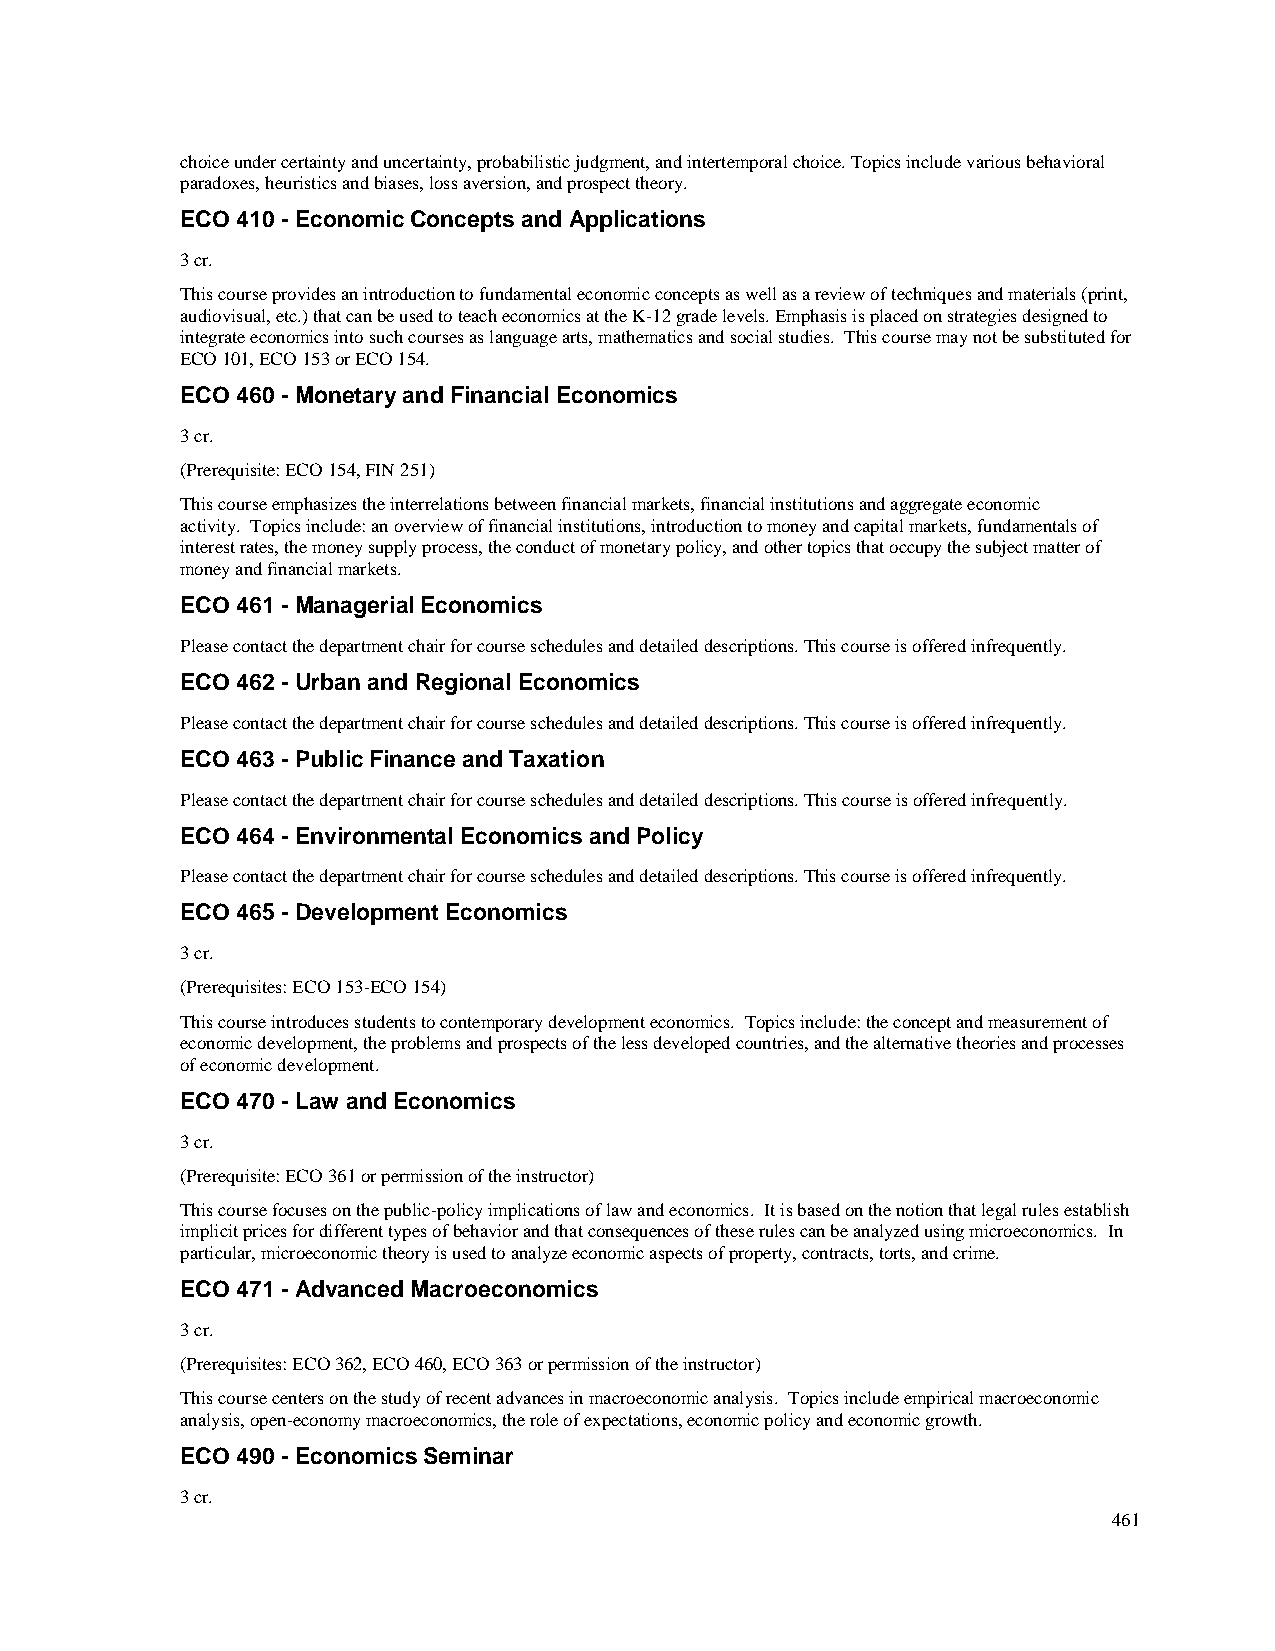
choice under certainty and uncertainty, probabilistic judgment, and intertemporal choice. Topics include various behavioral
 paradoxes, heuristics and biases, loss aversion, and prospect theory.
 ECO 410 - Economic Concepts and Applications
 3 cr.
 This course provides an introduction to fundamental economic concepts as well as a review of techniques and materials (print,
 audiovisual, etc.) that can be used to teach economics at the K-12 grade levels. Emphasis is placed on strategies designed to
 integrate economics into such courses as language arts, mathematics and social studies. This course may not be substituted for
 ECO 101, ECO 153 or ECO 154.
 ECO 460 - Monetary and Financial Economics
 3 cr.
 (Prerequisite: ECO 154, FIN 251)
 This course emphasizes the interrelations between financial markets, financial institutions and aggregate economic
 activity. Topics include: an overview of financial institutions, introduction to money and capital markets, fundamentals of
 interest rates, the money supply process, the conduct of monetary policy, and other topics that occupy the subject matter of
 money and financial markets.
 ECO 461 - Managerial Economics
 Please contact the department chair for course schedules and detailed descriptions. This course is offered infrequently.
 ECO 462 - Urban and Regional Economics
 Please contact the department chair for course schedules and detailed descriptions. This course is offered infrequently.
 ECO 463 - Public Finance and Taxation
 Please contact the department chair for course schedules and detailed descriptions. This course is offered infrequently.
 ECO 464 - Environmental Economics and Policy
 Please contact the department chair for course schedules and detailed descriptions. This course is offered infrequently.
 ECO 465 - Development Economics
 3 cr.
 (Prerequisites: ECO 153-ECO 154)
 This course introduces students to contemporary development economics. Topics include: the concept and measurement of
 economic development, the problems and prospects of the less developed countries, and the alternative theories and processes
 of economic development.
 ECO 470 - Law and Economics
 3 cr.
 (Prerequisite: ECO 361 or permission of the instructor)
 This course focuses on the public-policy implications of law and economics. It is based on the notion that legal rules establish
 implicit prices for different types of behavior and that consequences of these rules can be analyzed using microeconomics. In
 particular, microeconomic theory is used to analyze economic aspects of property, contracts, torts, and crime.
 ECO 471 - Advanced Macroeconomics
 3 cr.
 (Prerequisites: ECO 362, ECO 460, ECO 363 or permission of the instructor)
 This course centers on the study of recent advances in macroeconomic analysis. Topics include empirical macroeconomic
 analysis, open-economy macroeconomics, the role of expectations, economic policy and economic growth.
 ECO 490 - Economics Seminar
 3 cr.
 461